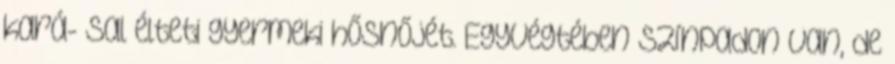
kará- sal élteti gyermeki hősnőjét. Egyvégtében színpadon van, de